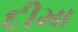
દીમા